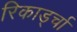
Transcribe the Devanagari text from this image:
रिकार्ड्चा